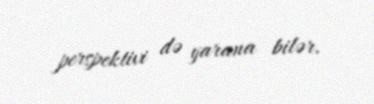
perspektivi də yarana bilər.